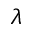
\lambda